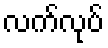
လက်လုပ်